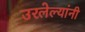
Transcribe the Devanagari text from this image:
उरलेल्यांनी